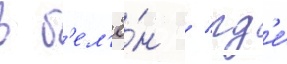
в б'ел'ё́н / гд'е́